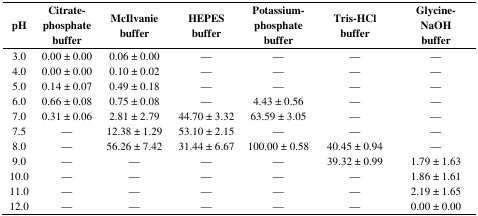
| pH | Citrate-phosphate buffer | McIlvanie buffer | HEPES buffer | Potassium-phosphate buffer | Tris-HCl buffer | Glycine-NaOH buffer |
 | --- | --- | --- | --- | --- | --- | --- |
 | 3.0 | 0.00 ± 0.00 | 0.06 ± 0.00 | — | — | — | — |
 | 4.0 | 0.00 ± 0.00 | 0.10 ± 0.02 | — | — | — | — |
 | 5.0 | 0.14 ± 0.07 | 0.49 ± 0.18 | — | — | — | — |
 | 6.0 | 0.66 ± 0.08 | 0.75 ± 0.08 | — | 4.43 ± 0.56 | — | — |
 | 7.0 | 0.31 ± 0.06 | 2.81 ± 2.79 | 44.70 ± 3.32 | 63.59 ± 3.05 | — | — |
 | 7.5 | — | 12.38 ± 1.29 | 53.10 ± 2.15 | — | — | — |
 | 8.0 | — | 56.26 ± 7.42 | 31.44 ± 6.67 | 100.00 ± 0.58 | 40.45 ± 0.94 | — |
 | 9.0 | — | — | — | — | 39.32 ± 0.99 | 1.79 ± 1.63 |
 | 10.0 | — | — | — | — | — | 1.86 ± 1.61 |
 | 11.0 | — | — | — | — | — | 2.19 ± 1.65 |
 | 12.0 | — | — | — | — | — | 0.00 ± 0.00 |